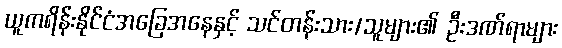
ယူကရိန်းနိုင်ငံအခြေအနေနှင့် သင်တန်းသား/သူများ၏ ဦးဒဏ်ရာများ